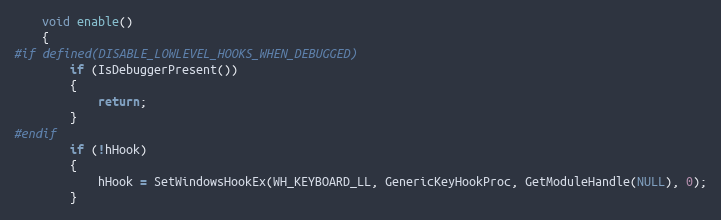
Language: C
    void enable()
    {
#if defined(DISABLE_LOWLEVEL_HOOKS_WHEN_DEBUGGED)
        if (IsDebuggerPresent())
        {
            return;
        }
#endif
        if (!hHook)
        {
            hHook = SetWindowsHookEx(WH_KEYBOARD_LL, GenericKeyHookProc, GetModuleHandle(NULL), 0);
        }